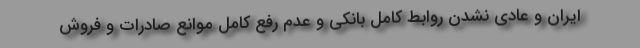
ایران و عادی نشدن روابط کامل بانکی و عدم رفع کامل موانع صادرات و فروش